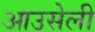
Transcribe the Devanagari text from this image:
आउसेली